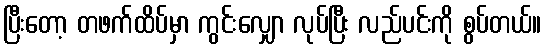
ပြီးတော့ တဖက်ထိပ်မှာ ကွင်းလျှော လုပ်ပြီး လည်ပင်းကို စွပ်တယ်။